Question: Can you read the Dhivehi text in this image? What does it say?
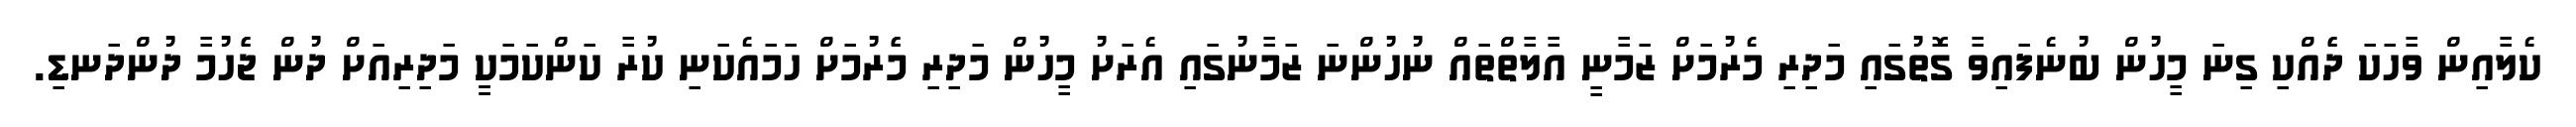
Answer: ކެލާއިން ވާހަކަ ދެެއްކި ގިނަ މީހުން ބުނެފައިވާ ގޮތުގައި މަދިރި މެރުމަށް ޒަމާނީ އާލާތްތައް ނުހުންނަ ޒަމާނުގައި އެރަށު މީހުން މަދިރި މެެރުމަށް ހަމައެކަނި ކުރާ ކަންކަމަކީީ މަދިރިއަށް ދުން ޖެެހުމާ ދުންދަނޑި.